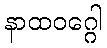
နာထဝဂ္ဂေါ